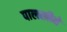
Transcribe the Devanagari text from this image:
पालखीने